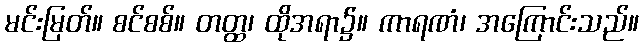
မင်းမြတ်။ စင်စစ်။ တတ္ထ၊ ထိုအရာ၌။ ကာရဏံ၊ အကြောင်းသည်။